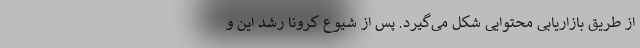
از طریق بازاریابی محتوایی شکل می‌گیرد. پس از شیوع کرونا رشد این و